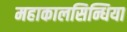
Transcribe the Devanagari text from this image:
महाकालसिन्धिया